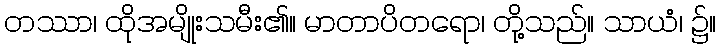
တဿာ၊ ထိုအမျိုးသမီး၏။ မာတာပိတရော၊ တို့သည်။ သာယံ၊ ၌။